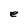
Character: e